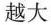
越大